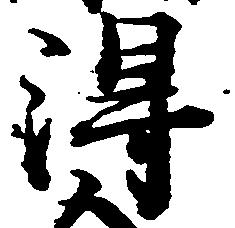
得